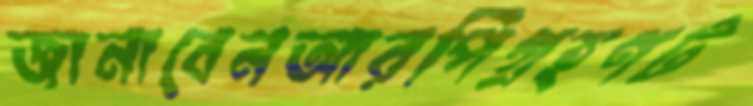
জানাবেনআরপিগ্রহণট